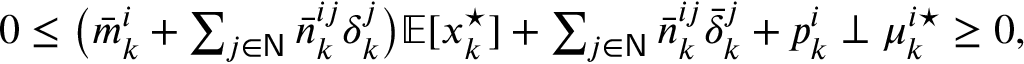
\begin{array} { r } { 0 \leq \big ( \bar { m } _ { k } ^ { i } + \sum _ { j \in \mathsf { N } } \bar { n } _ { k } ^ { i j } \delta _ { k } ^ { j } \big ) \mathbb { E } [ x _ { k } ^ { \star } ] + \sum _ { j \in \mathsf { N } } \bar { n } _ { k } ^ { i j } \bar { \delta } _ { k } ^ { j } + p _ { k } ^ { i } \perp \mu _ { k } ^ { i \star } \geq 0 , } \end{array}